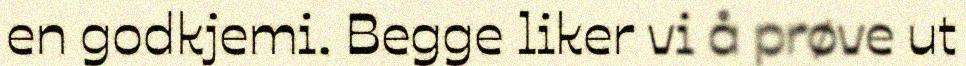
en godkjemi. Begge liker vi å prøve ut